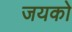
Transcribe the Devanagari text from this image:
जयको